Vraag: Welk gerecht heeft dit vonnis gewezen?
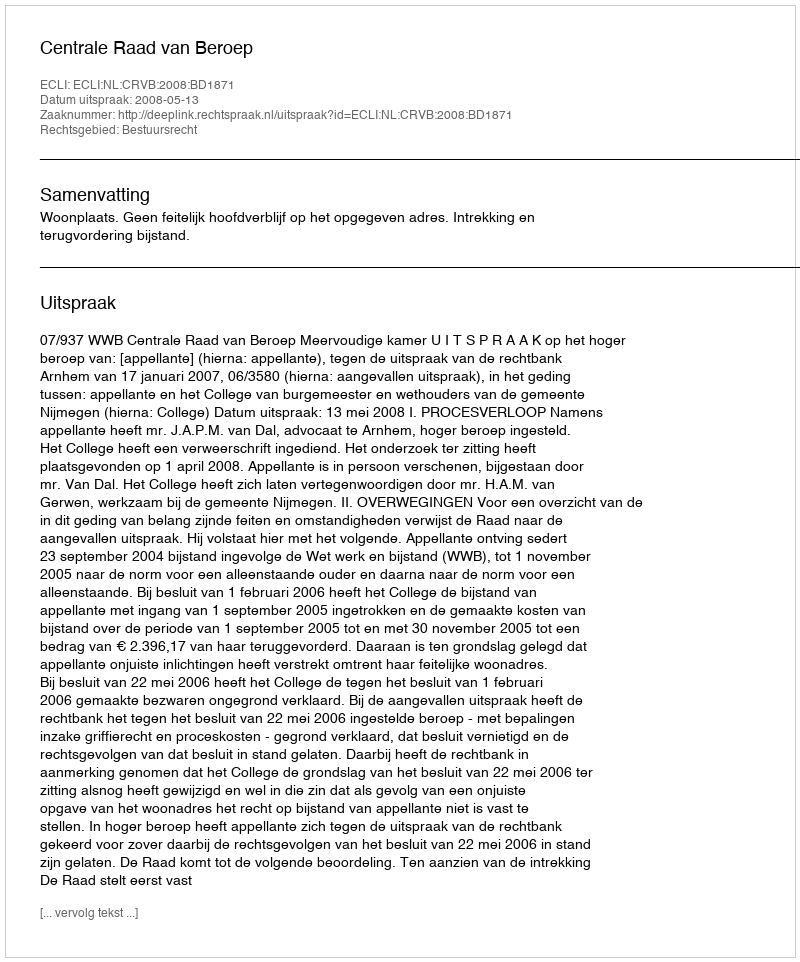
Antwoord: Centrale Raad van Beroep